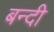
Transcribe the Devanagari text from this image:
बन्‍दी